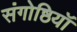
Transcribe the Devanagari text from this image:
संगोष्ठियॉ